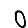
Digit: 0